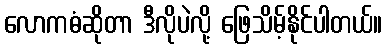
လောကဓံဆိုတာ ဒီလိုပဲလို့ ဖြေသိမ့်နိုင်ပါတယ်။